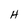
Character: H